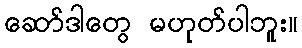
ဆော်ဒါတွေ မဟုတ်ပါဘူး။